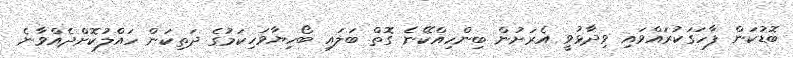
ބޮޑުކަން ފާހަގަކުރައްވައި ވިދާޅުވީ އެރަށުން ބިންހިއްކޭނެ ގޮތް ބަލައި ބޯހިޔާވަހިކަމުގެ ދަތިކަން ހައްލުކޮށްދެއްވާނެ